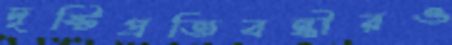
দৃষ্টিপ্রতিবন্ধীরও